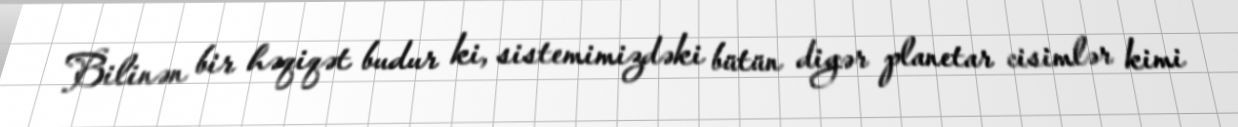
Bilinən bir həqiqət budur ki, sistemimizdəki bütün digər planetar cisimlər kimi